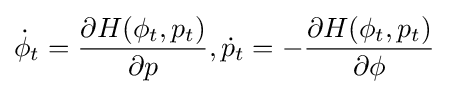
{\dot {\phi }}_{t}={\frac {\partial H(\phi _{t},p_{t})}{\partial p}},{\dot {p}}_{t}=-{\frac {\partial H(\phi _{t},p_{t})}{\partial \phi }}